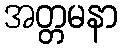
အတ္တမနာ